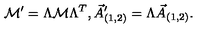
{ \cal M } ^ { \prime } = \Lambda { \cal M } \Lambda ^ { T } , \vec { A } _ { ( 1 , 2 ) } ^ { \prime } = \Lambda \vec { A } _ { ( 1 , 2 ) } .